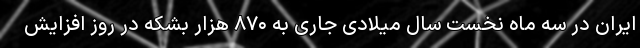
ایران در سه ماه نخست سال میلادی جاری به ۸۷۰ هزار بشکه در روز افزایش